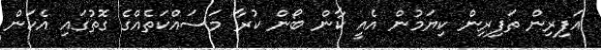
އަފިރިން ތަފިރިން ކިޔަމުން އެއީ ކާން ބޯން ކުރާ މަސައްކަތެއްގެ ގޮތުގައި އެކަން